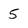
Character: 5